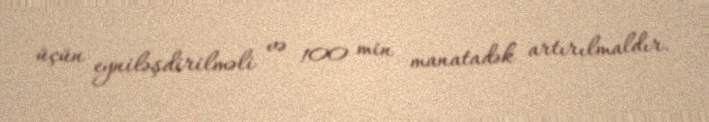
üçün eyniləşdirilməli və 100 min manatadək artırılmaldır.